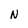
Character: N